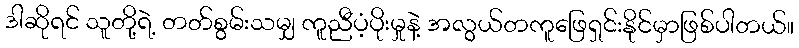
ဒါဆိုရင် သူတို့ရဲ့ တတ်စွမ်းသမျှ ကူညီပံ့ပိုးမှုနဲ့ အလွယ်တကူဖြေရှင်းနိုင်မှာဖြစ်ပါတယ်။